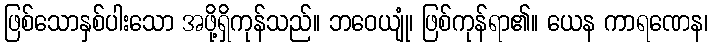
ဖြစ်သောနှစ်ပါးသော အဖို့ရှိကုန်သည်။ ဘဝေယျုံ၊ ဖြစ်ကုန်ရာ၏။ ယေန ကာရဏေန၊